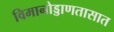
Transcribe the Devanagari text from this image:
विमानोड्डाणतासात